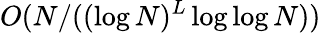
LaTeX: O(N/((\log N)^{L}\log\log N))